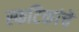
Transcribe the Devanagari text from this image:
स्फटिकांचे